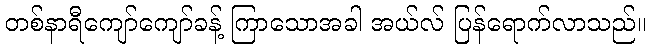
တစ်နာရီကျော်ကျော်ခန့် ကြာသောအခါ အယ်လ် ပြန်ရောက်လာသည်။